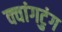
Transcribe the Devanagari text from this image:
क्वांगटुंग